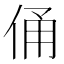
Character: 俑